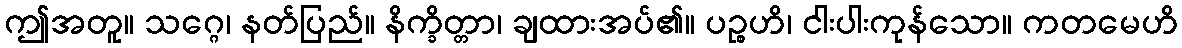
ဤအတူ။ သဂ္ဂေ၊ နတ်ပြည်။ နိက္ခိတ္တာ၊ ချထားအပ်၏။ ပဉ္စဟိ၊ ငါးပါးကုန်သော။ ကတမေဟိ